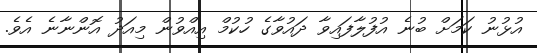
އުޅުނު ކަމަށް ބުނެ އުފުލާފައިވާ ދައުވާގެ ހުކުމް އިއްވުން މިއަދު އޮންނާނެ އެވެ.